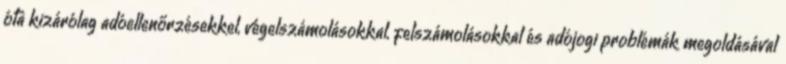
óta kizárólag adóellenőrzésekkel, végelszámolásokkal, felszámolásokkal és adójogi problémák megoldásával